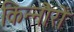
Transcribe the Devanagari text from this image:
किन्नौरों